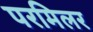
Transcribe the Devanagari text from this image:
परमिलर